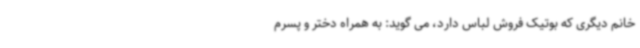
خانم دیگری که بوتیک فروش لباس دارد، می گوید: به همراه دختر و پسرم